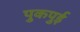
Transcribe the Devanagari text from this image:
पुकपुई